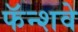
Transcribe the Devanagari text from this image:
फॅन्शवे